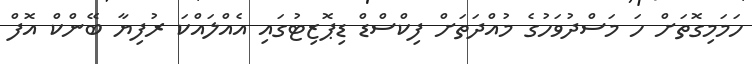
ހަމަމިގޮތަށް ހަ މަސްދުވަހުގެ މުއްދަތަށް ފިކްސްޑް ޑިޕޮޒިޓުގައި އެއްލައްކަ ރުފިޔާ ބޭންކް އޮފް